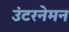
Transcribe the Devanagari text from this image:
उंटरनेमन